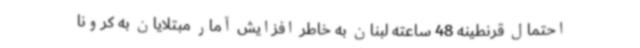
احتمال قرنطینه 48 ساعته لبنان به خاطر افزایش آمار مبتلایان به کرونا